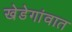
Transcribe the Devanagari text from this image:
खेडेगांवात